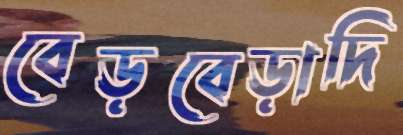
বেড়বেড়াদি